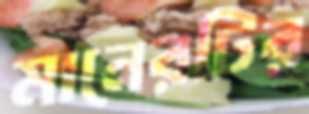
মানেরটির